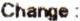
CHANGE: